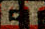
EY